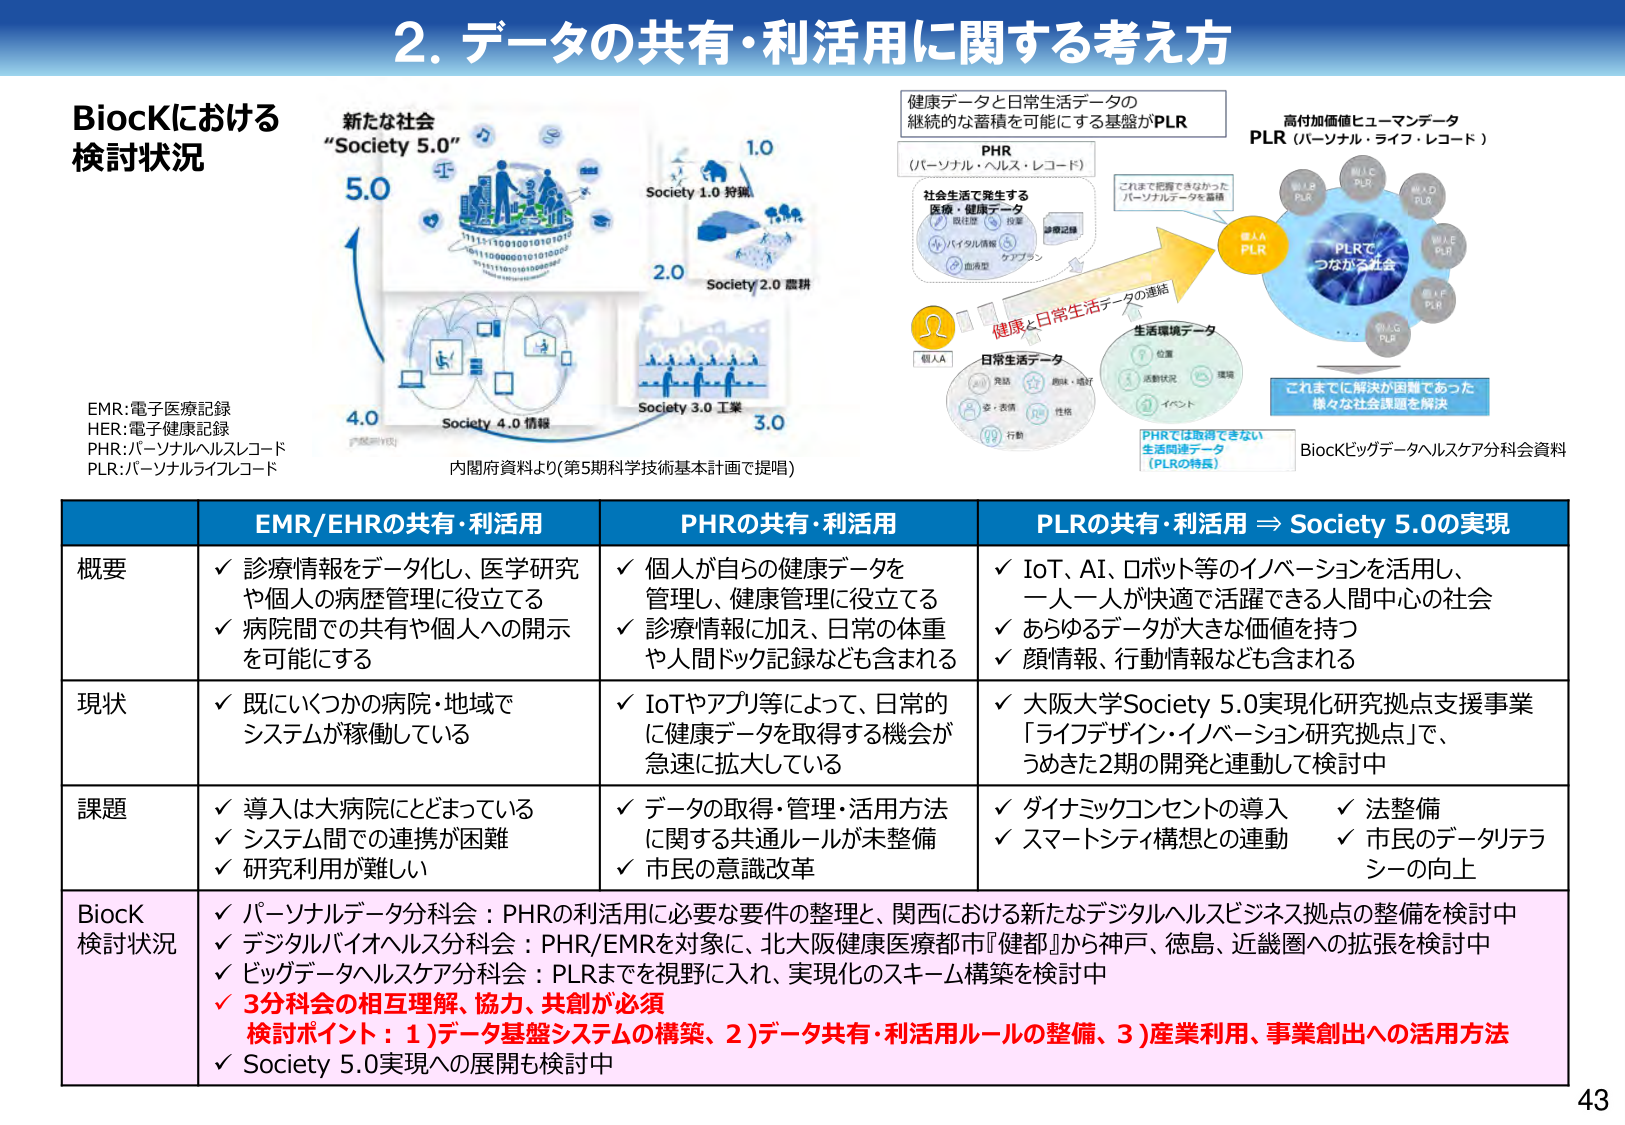
2. データの共有・利活用に関する考え方

BiocKにおける
検討状況

新たな社会
“Society 5.0”

5.0
1.0
Society 1.0 持続
2.0
Society 2.0 農耕
3.0
Society 3.0 工業
4.0
Society 4.0 情報

EMR:電子医療記録
HER:電子健康記録
PHR:パーソナルヘルスレコード
PLR:パーソナルライフレコード

内閣府資料より(第5期科学技術基本計画で提唱)

健康データと日常生活データの
継続的な蓄積を可能にする基盤がPLR

PHR
(パーソナル・ヘルス・レコード)

社会生活で発生する
医療・健康データ
現住歴
投薬
診療記録
バイタル情報
ウブン
血液型

これまで把握できなかった
パーソナルデータを蓄積

個人A
PLR

健康と日常生活データの連結

日常生活データ
発話
趣味・嗜好
金・表情
性格
行動
位置
活動状況
環境
イベント

生活環境データ

PLRで
つながる社会

個人B
PLR
個人C
PLR
個人D
PLR
個人E
PLR
個人F
PLR
個人G
PLR

高付加価値ヒューマンデータ
PLR (パーソナル・ライフ・レコード)

これまでに解決が困難であった
様々な社会課題を解決

PHRでは取得できない
生活関連データ
(PLRの特長)

BiocKビッグデータヘルスケア分科会資料

EMR/EHRの共有・利活用 | PHRの共有・利活用 | PLRの共有・利活用 ⇒ Society 5.0の実現
--- | --- | ---
概要 | ✓ 診療情報をデータ化し、医学研究や個人の病歴管理に役立てる<br>✓ 病院間での共有や個人への開示を可能にする | ✓ 個人が自らの健康データを管理し、健康管理に役立てる<br>✓ 診療情報に加え、日常の体重や人間ドック記録なども含まれる | ✓ IoT、AI、ロボット等のイノベーションを活用し、一人一人が快適で活躍できる人間中心の社会<br>✓ あらゆるデータが大きな価値を持つ<br>✓ 顔情報、行動情報なども含まれる
現状 | ✓ 既にいくつかの病院・地域でシステムが稼働している | ✓ IoTやアプリ等によって、日常的に健康データを取得する機会が急速に拡大している | ✓ 大阪大学Society 5.0実現化研究拠点支援事業「ライフデザイン・イノベーション研究拠点」で、うめきた2期の開発と連動して検討中
課題 | ✓ 導入は大病院にとどまっている<br>✓ システム間での連携が困難<br>✓ 研究利用が難しい | ✓ データの取得・管理・活用方法に関する共通ルールが未整備<br>✓ 市民の意識改革 | ✓ ダイナミックコンセントの導入<br>✓ スマートシティ構想との連動<br>✓ 法整備<br>✓ 市民のデータリテラシーの向上
BiocK<br>検討状況 | ✓ パーソナルデータ分科会：PHRの利活用に必要な要件の整理と、関西における新たなデジタルヘルスビジネス拠点の整備を検討中<br>✓ デジタルバイオヘルス分科会：PHR/EMRを対象に、北大阪健康医療都市『健都』から神戸、徳島、近畿圏への拡張を検討中<br>✓ ビッグデータヘルスケア分科会：PLRまでを視野に入れ、実現化のスキーム構築を検討中<br>✓ 3分科会の相互理解、協力、共創が必須<br>検討ポイント：1)データ基盤システムの構築、2)データ共有・利活用ルールの整備、3)産業利用、事業創出への活用方法<br>✓ Society 5.0実現への展開も検討中

43